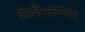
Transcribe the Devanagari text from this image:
दीप्तविशालनेत्रम्